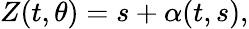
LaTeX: Z(t,\theta)=s+\alpha(t,s),